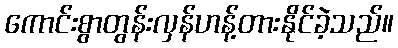
ကောင်းစွာတွန်းလှန်ဟန့်တားနိုင်ခဲ့သည်။